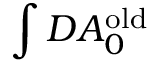
\int { \cal D } A _ { 0 } ^ { \mathrm { o l d } }